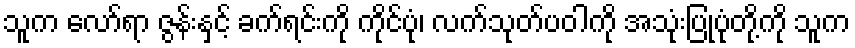
သူက လော်ရာ ဇွန်းနှင့် ခက်ရင်းကို ကိုင်ပုံ၊ လက်သုတ်ပဝါကို အသုံးပြုပုံတို့ကို သူက